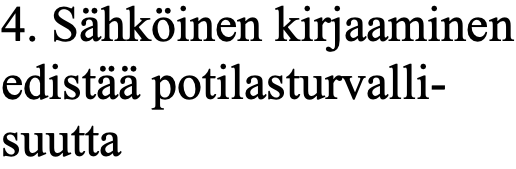
4. Sähköinen kirjaaminen edistää potilasturvalli- suutta